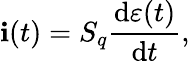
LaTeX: \mathbf{i}(t)=S_{q}\frac{{\textrm{{d}}\varepsilon(t)}}{{\textrm{{d}}t}},